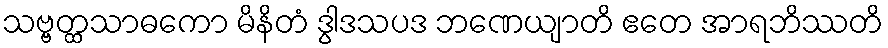
သဗ္ဗတ္ထသာဓကော မိနိတံ ဒွါဒသပဒ ဘဏေယျာတိ ဧတေ အာရဘိဿတိ